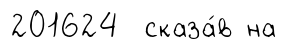
201624 сказа́в на